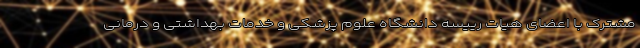
مشترک با اعضای هیات رییسه دانشگاه علوم پزشکی و خدمات بهداشتی و درمانی